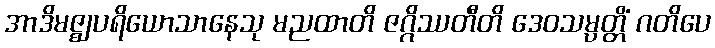
အာဒိမဇ္ဈပရိယောသာနေသု မညထာတိ ဇဂ္ဂိဿတီတိ ဒေဝသမ္ပတ္တိံ ဂတိပေ